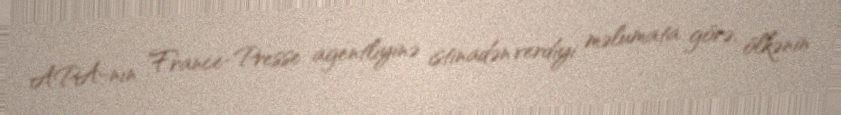
APA-nın France-Presse agentliyinə istinadən verdiyi məlumata görə, ölkənin